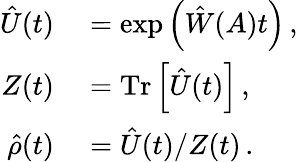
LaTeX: \begin{array}{rl}{\hat{U}(t)}&{{}=\exp\left(\hat{W}(A)t\right)\, ,}\\ {Z(t)}&{{}=\mathrm{Tr}\left[\hat{U}(t)\right]\, ,}\\ {\hat{\rho}(t)}&{{}=\hat{U}(t)/Z(t)\, .}\end{array}